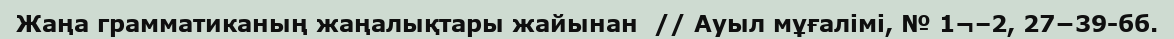
Жаңа грамматиканың жаңалықтары жайынан  // Ауыл мұғалімі, № 1¬–2, 27−39-бб.